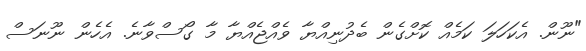
"ނޫން. އެކަހަލަ ކަމެއް ކޮށްގެން ބެދުނިއްޔާ ވެއްޖެއްޔާ މާ ގޯސްވާނެ. އެހެން ނޫނަސް